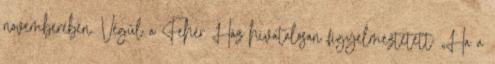
novemberében. Végül a Fehér Ház hivatalosan figyelmeztetett: „Ha a